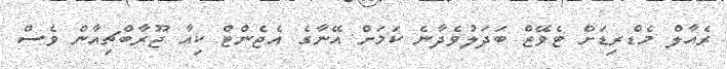
ރެއާލް މެޑްރިޑަށް ޓެވޭޒް ބަދަލުވެދާނެ ކަމަށް އޭނާގެ އެޖެންޓް ކިއާ ޖޫރާބްޗިއާން ވެސް